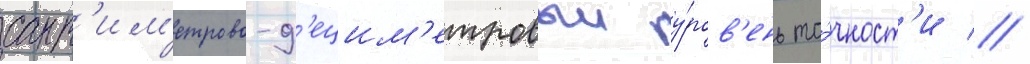
сант'им'етрово-д'ецим'етровыи у́ров'ень то́чност'и //